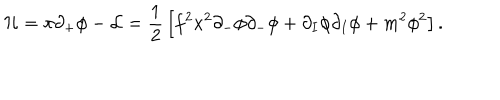
{ \cal { H } } = \pi \partial _ { + } \phi - { \cal { L } } = { \frac { 1 } { 2 } } \left[ f ^ { 2 } x ^ { 2 } \partial _ { - } \phi \partial _ { - } \phi + \partial _ { I } \phi \partial _ { I } \phi + m ^ { 2 } \phi ^ { 2 } \right] .